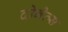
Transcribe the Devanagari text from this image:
दोनेत्स